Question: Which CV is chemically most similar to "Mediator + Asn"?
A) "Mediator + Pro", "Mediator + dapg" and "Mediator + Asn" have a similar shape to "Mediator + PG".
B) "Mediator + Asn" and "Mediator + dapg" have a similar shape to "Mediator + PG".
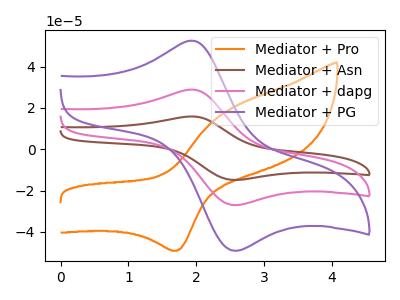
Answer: <think>The orange curve "Mediator + Pro" has an anodic peak at (2.55V, 20.75uA) and a cathodic peak at (1.70V, -49.10uA). The brown curve "Mediator + Asn" has an anodic peak at (1.95V, 57.70uA) and a cathodic peak at (2.60V, -54.00uA). The pink curve "Mediator + dapg" has an anodic peak at (1.95V, 28.85uA) and a cathodic peak at (2.60V, -27.00uA). The purple curve "Mediator + PG" has an anodic peak at (1.95V, 52.50uA) and a cathodic peak at (2.60V, -49.10uA).
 "Mediator + Pro" and "Mediator + Asn" have at least one peak that do not match. "Mediator + Pro" and "Mediator + dapg" have at least one peak that do not match. "Mediator + Pro" and "Mediator + PG" have at least one peak that do not match. All the peaks in "Mediator + Asn" have a peak in "Mediator + dapg" at the same potential. Every peak in "Mediator + Asn" is higher than every peak in "Mediator + dapg". All the peaks in "Mediator + Asn" have a peak in "Mediator + PG" at the same potential. Every peak in "Mediator + Asn" is higher than every peak in "Mediator + PG". All the peaks in "Mediator + dapg" have a peak in "Mediator + PG" at the same potential. Every peak in "Mediator + dapg" is lower than every peak in "Mediator + PG".</think>
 <answer>B) "Mediator + Asn" and "Mediator + dapg" have a similar shape to "Mediator + PG".</answer>
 <eval>B</eval>